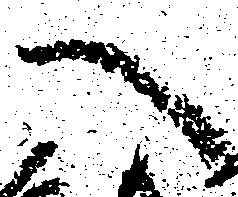
へ